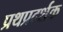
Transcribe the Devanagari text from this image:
प्रथप्रदर्शक